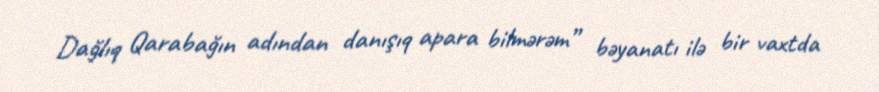
Dağlıq Qarabağın adından danışıq apara bilmərəm” bəyanatı ilə bir vaxtda